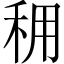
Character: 𥞖